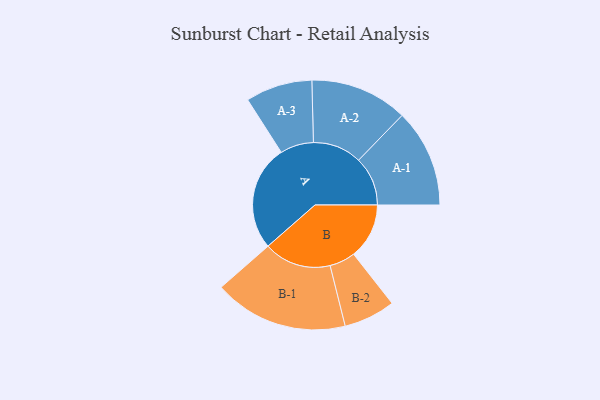
{"axis": {"x": "Segment", "y": "Value"}, "legend": ["", "A", "B"], "data": [{"x": "A", "y": 458, "type": ""}, {"x": "B", "y": 241, "type": ""}, {"x": "A-1", "y": 213, "type": "A"}, {"x": "A-2", "y": 212, "type": "A"}, {"x": "A-3", "y": 145, "type": "A"}, {"x": "B-1", "y": 292, "type": "B"}, {"x": "B-2", "y": 112, "type": "B"}]}